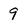
Character: 9